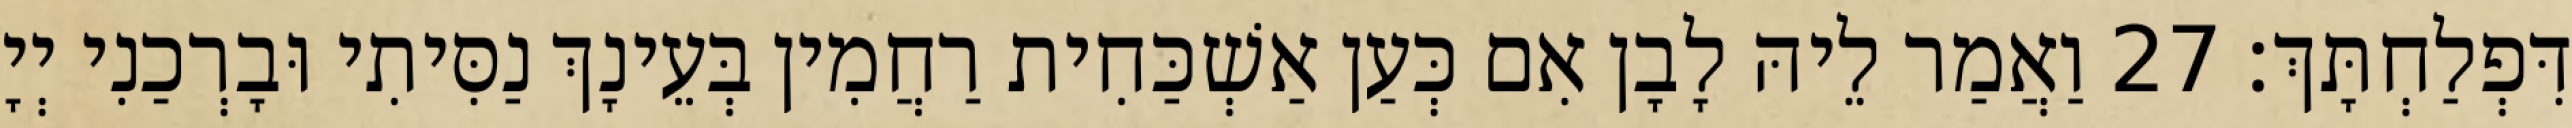
דִּפְלַחְתָּךְ׃ 27 וַאֲמַר לֵיהּ לָבָן אִם כְּעַן אַשְׁכַּחִית רַחֲמִין בְּעֵינָךְ נַסִּיתִי וּבָרְכַנִי יְיָ